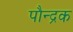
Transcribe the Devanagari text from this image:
पौन्द्रक